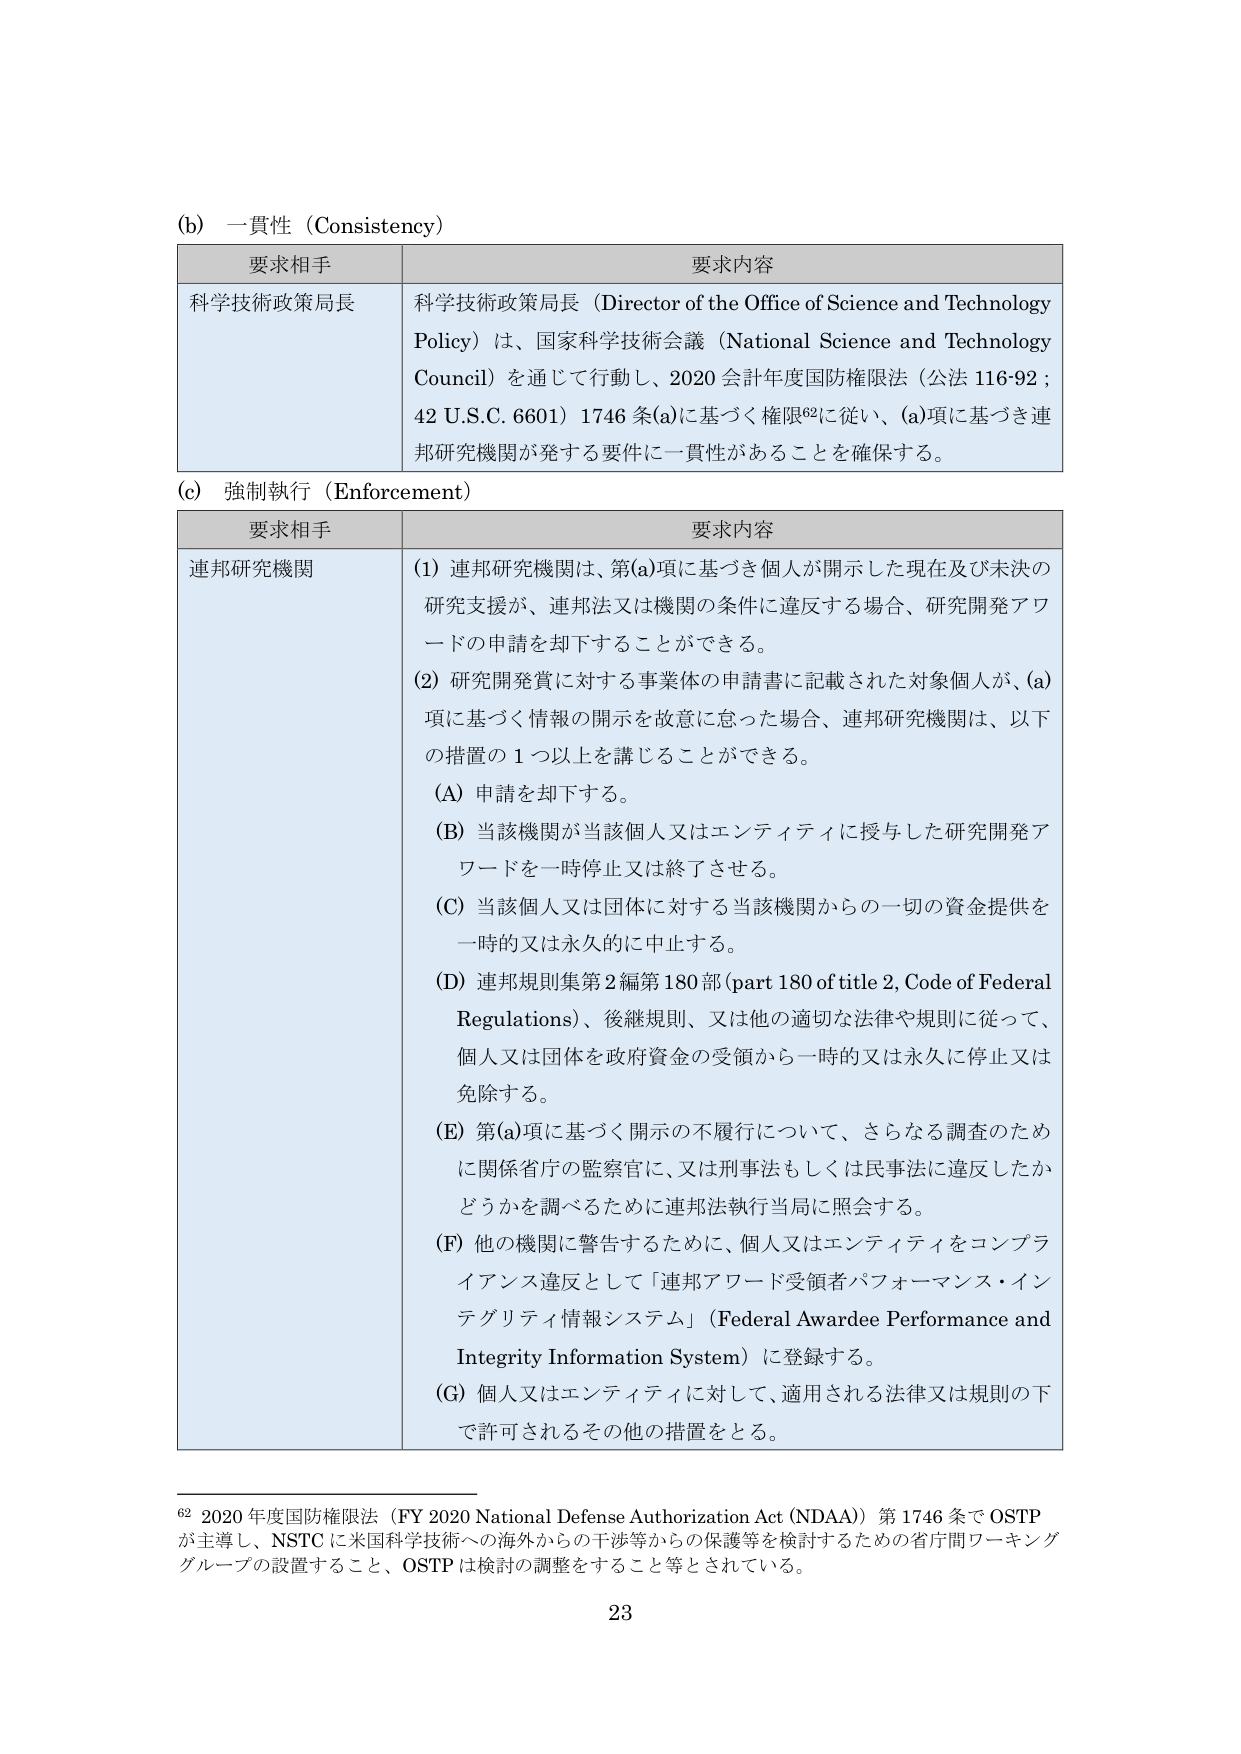
(b) 一貫性（Consistency）

要求相手 要求内容
科学技術政策局長 科学技術政策局長（Director of the Office of Science and Technology Policy）は、国家科学技術会議（National Science and Technology Council）を通じて行動し、2020 会計年度国防権限法（公法 116-92；42 U.S.C. 6601）1746 条(a)に基づく権限⁶²に従い、(a)項に基づき連邦研究機関が発する要件に一貫性があることを確保する。

(c) 強制執行（Enforcement）

要求相手 要求内容
連邦研究機関 (1) 連邦研究機関は、第(a)項に基づき個人が開示した現在及び未決の研究支援が、連邦法又は機関の条件に違反する場合、研究開発アワードの申請を却下することができる。
(2) 研究開発賞に対する事業体の申請書に記載された対象個人が、(a)項に基づく情報の開示を故意に怠った場合、連邦研究機関は、以下の措置の１つ以上を講じることができる。
(A) 申請を却下する。
(B) 当該機関が当該個人又はエンティティに授与した研究開発アワードを一時停止又は終了させる。
(C) 当該個人又は団体に対する当該機関からの一切の資金提供を一時的又は永久的に中止する。
(D) 連邦規則集第2編第180部 (part 180 of title 2, Code of Federal Regulations)、後継規則、又は他の適切な法律や規則に従って、個人又は団体を政府資金の受領から一時的又は永久に停止又は免除する。
(E) 第(a)項に基づく開示の不履行について、さらなる調査のために関係省庁の監察官に、又は刑事法もしくは民事法に違反したかどうかを調べるために連邦法執行当局に照会する。
(F) 他の機関に警告するために、個人又はエンティティをコンプライアンス違反として「連邦アワード受領者パフォーマンス・インテグリティ情報システム」（Federal Awardee Performance and Integrity Information System）に登録する。
(G) 個人又はエンティティに対して、適用される法律又は規則の下で許可されるその他の措置をとる。

⁶² 2020 年度国防権限法（FY 2020 National Defense Authorization Act (NDAA)）第 1746 条で OSTP が主導し、NSTC に米国科学技術への海外からの干渉等からの保護等を検討するための省庁間ワーキンググループの設置すること、OSTP は検討の調整をすること等とされている。

23